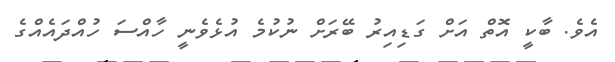
އެވެ. ބާކީ އޮތް އަށް ގަޑިއިރު ބޭރަށް ނުކުމެ އުޅެވެނީ ހާއްސަ ހުއްދައެއްގެ